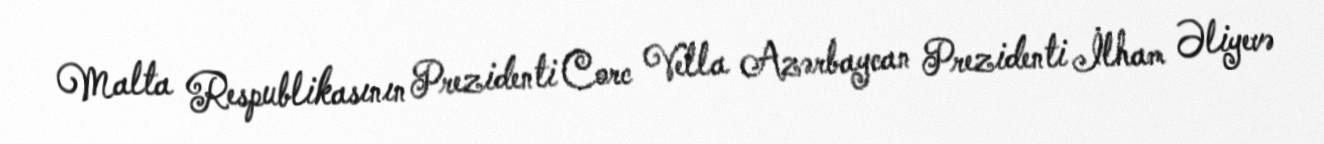
Malta Respublikasının Prezidenti Corc Vella Azərbaycan Prezidenti İlham Əliyevə